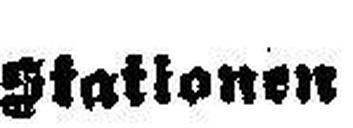
Stationen